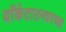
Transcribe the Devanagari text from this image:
यॉर्कटाउनवरच्या